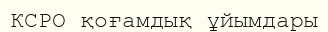
КСРО қоғамдық ұйымдары